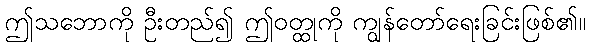
ဤသဘောကို ဦးတည်၍ ဤဝတ္ထုကို ကျွန်တော်ရေးခြင်းဖြစ်၏။